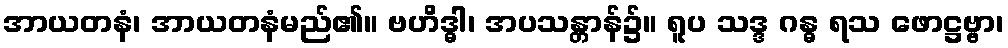
အာယတနံ၊ အာယတနံမည်၏။ ဗဟိဒ္ဓါ၊ အပသန္တာန်၌။ ရူပ သဒ္ဒ ဂန္ဓ ရသ ဖောဋ္ဌဗ္ဗာ၊